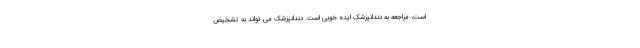
است، مراجعه به دندانپزشک ایده خوبی است. دندانپزشک می تواند به تشخیص